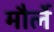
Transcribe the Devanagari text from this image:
मौर्ले